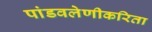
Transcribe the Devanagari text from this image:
पांडवलेणीकरिता